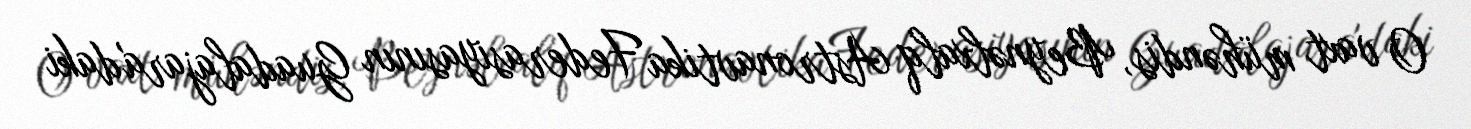
O vaxt mühəndis, Beynəlxalq Astronavtika Federasiyasının Guadalajara'daki